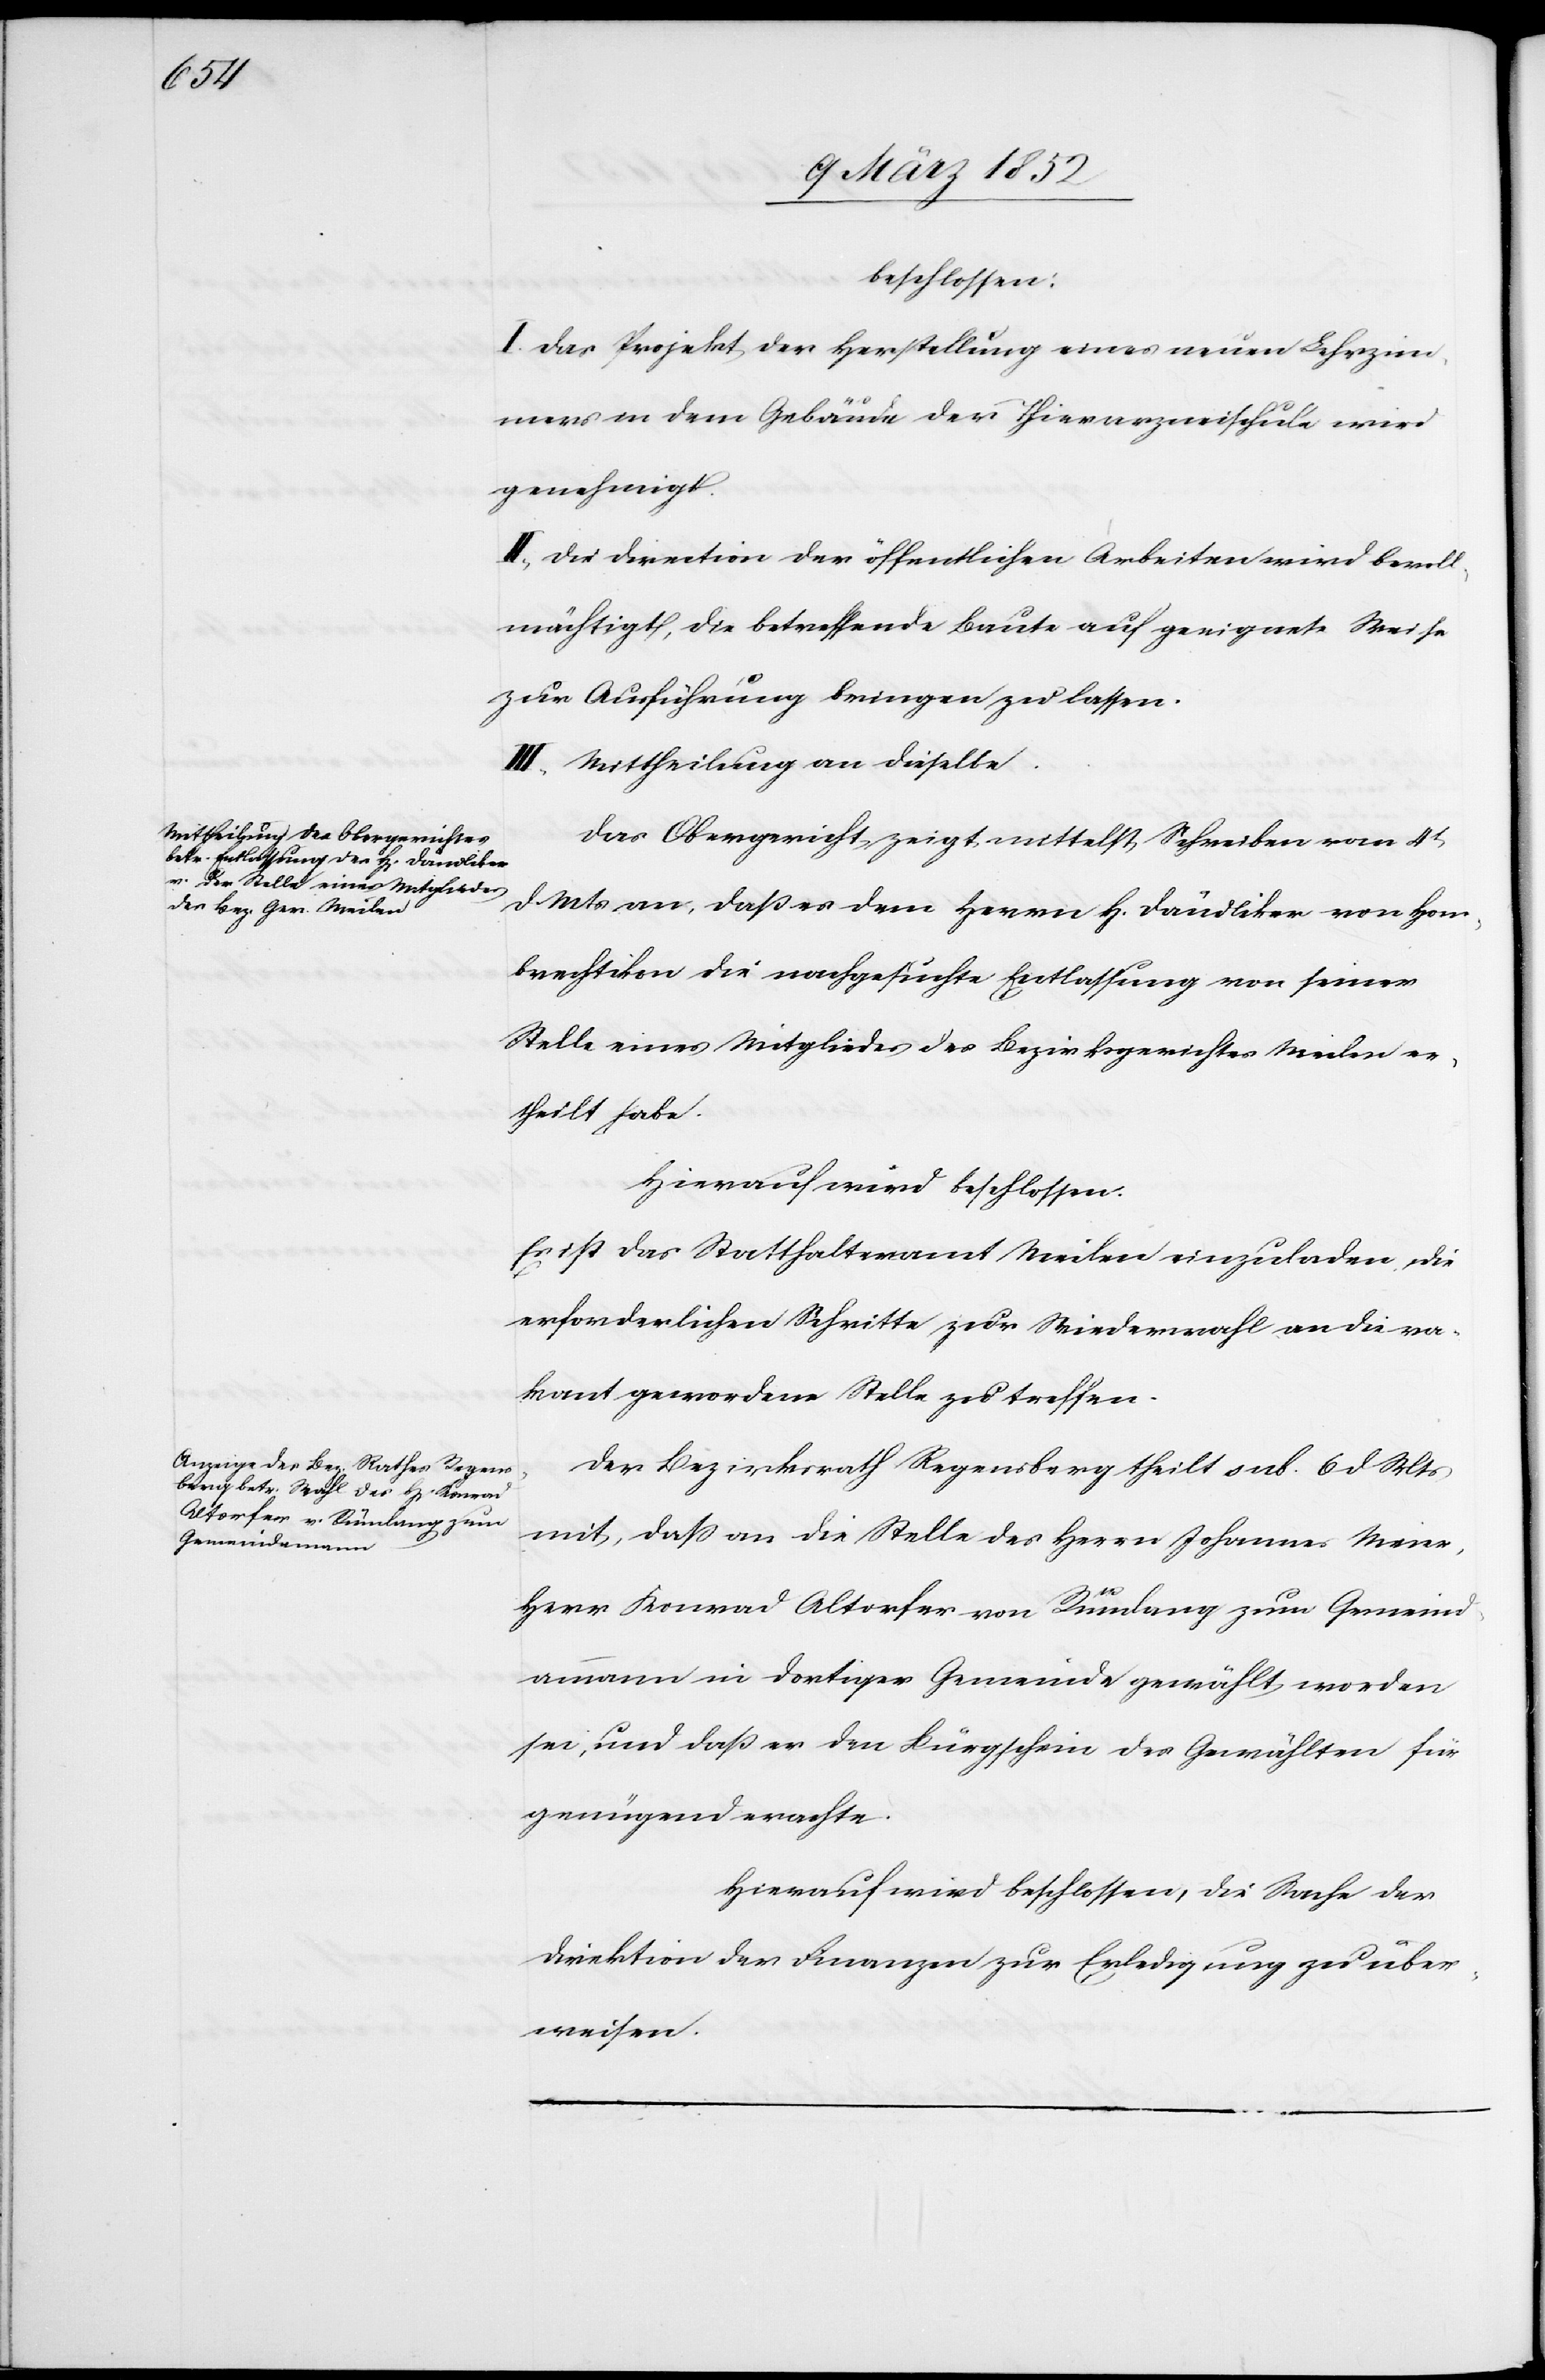
beschlossen:
I. Das Projekt der Herstellung eines neuen Lehrzim¬
mers in dem Gebäude der Thierarzneyschule wird
genehmigt.
II. Die Direktion der öffentlichen Arbeiten wird bevoll¬
mächtigt, die betreffende Baute auf geeignete Weise
zur Ausführung bringen zu lassen.
III. Mittheilung an dieselbe.
Das Obergericht zeigt mittelst Schreiben vom 4t
d. Mts an, daß es dem Herrn H. Dändliker von Hom¬
brechtikon die nachgesuchte Entlassung von seiner
Stelle eines Mitgliedes des Bezirksgerichtes Meilen er¬
theilt habe.
Hierauf wird beschlossen.
Es ist das Statthalteramt Meilen einzuladen, die
erforderlichen Schritte zur Wiederwahl an die va¬
kant gewordene Stelle zu treffen.
Der Bezirksrath Regensberg theilt sub. 6 d Mts
mit, daß an die Stelle des Herrn Johannes Meier,
Herr Konrad Altorfer von Rümlang zum Gemeind¬
ammann in dortiger Gemeinde gewählt worden
sei, und daß er den Bürgschein des Gewählten für
genügend erachte.
Hierauf wird beschlossen, die Sache der
Direktion der Finanzen zur Erledigung zu über¬
weisen.